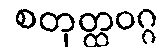
စတုတ္ထဝဂ္ဂ